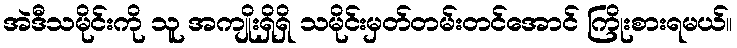
အဲဒီသမိုင်းကို သူ အကျိုးရှိရှိ သမိုင်းမှတ်တမ်းတင်အောင် ကြိုးစားရမယ်။